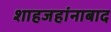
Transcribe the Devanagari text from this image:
शाहजहांनाबाद